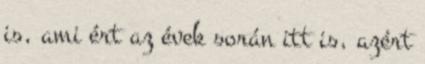
is, ami ért az évek során itt is, azért